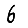
Digit: 6